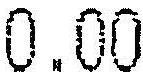
0.00